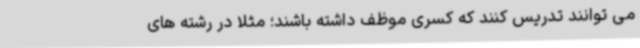
می توانند تدریس کنند که کسری موظف داشته باشند؛ مثلاً در رشته های